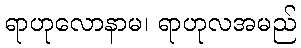
ရာဟုလောနာမ၊ ရာဟုလအမည်